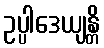
ဥပ္ပါဒေယျန္တိ